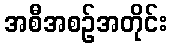
အစီအစဉ်အတိုင်း